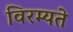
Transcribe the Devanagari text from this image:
विरम्यते